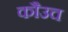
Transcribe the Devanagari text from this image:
कौउच